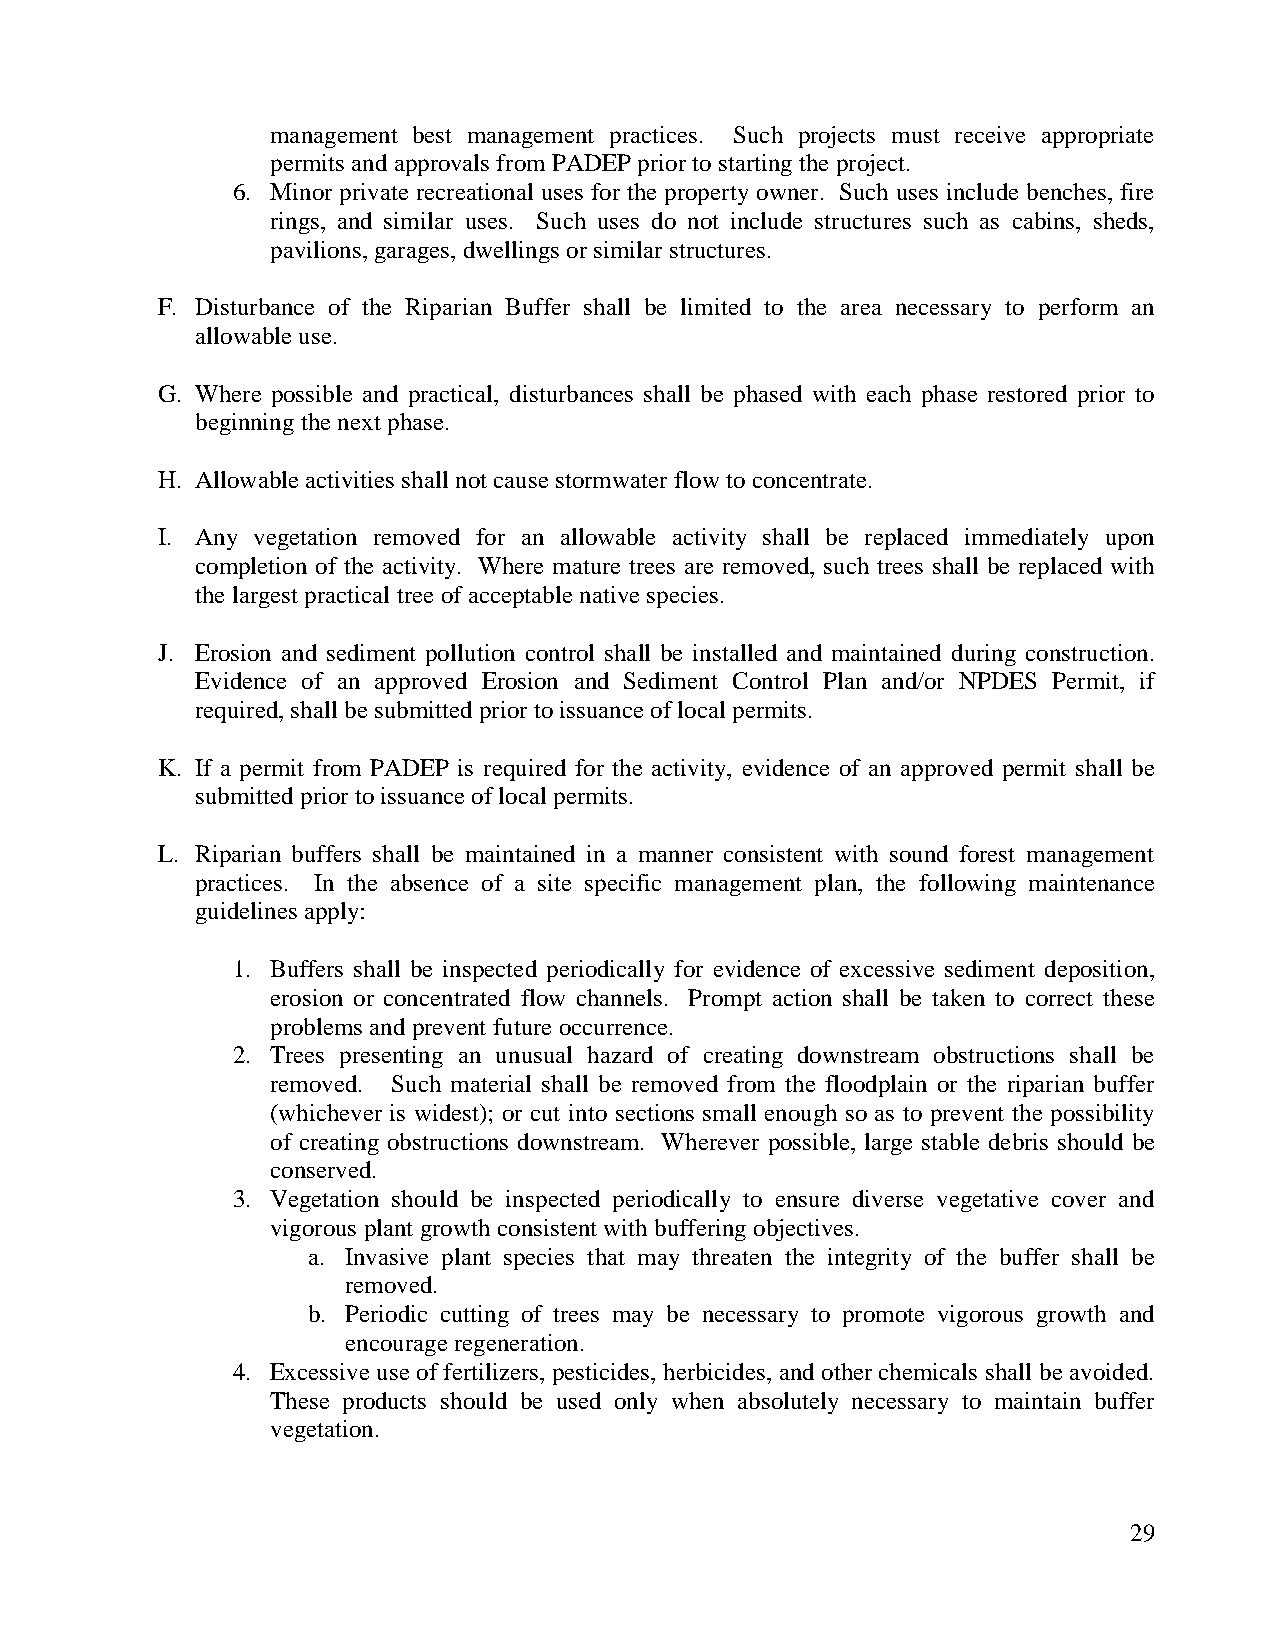
management best management practices. Such projects must receive appropriate
 permits and approvals from PADEP prior to starting the project.
 6. Minor private recreational uses for the property owner. Such uses include benches, fire
 rings, and similar uses. Such uses do not include structures such as cabins, sheds,
 pavilions, garages, dwellings or similar structures.
 F. Disturbance of the Riparian Buffer shall be limited to the area necessary to perform an
 allowable use.
 G. Where possible and practical, disturbances shall be phased with each phase restored prior to
 beginning the next phase.
 H. Allowable activities shall not cause stormwater flow to concentrate.
 I. Any vegetation removed for an allowable activity shall be replaced immediately upon
 completion of the activity. Where mature trees are removed, such trees shall be replaced with
 the largest practical tree of acceptable native species.
 J. Erosion and sediment pollution control shall be installed and maintained during construction.
 Evidence of an approved Erosion and Sediment Control Plan and/or NPDES Permit, if
 required, shall be submitted prior to issuance of local permits.
 K. If a permit from PADEP is required for the activity, evidence of an approved permit shall be
 submitted prior to issuance of local permits.
 L. Riparian buffers shall be maintained in a manner consistent with sound forest management
 practices. In the absence of a site specific management plan, the following maintenance
 guidelines apply:
 1. Buffers shall be inspected periodically for evidence of excessive sediment deposition,
 erosion or concentrated flow channels. Prompt action shall be taken to correct these
 problems and prevent future occurrence.
 2. Trees presenting an unusual hazard of creating downstream obstructions shall be
 removed. Such material shall be removed from the floodplain or the riparian buffer
 (whichever is widest); or cut into sections small enough so as to prevent the possibility
 of creating obstructions downstream. Wherever possible, large stable debris should be
 conserved.
 3. Vegetation should be inspected periodically to ensure diverse vegetative cover and
 vigorous plant growth consistent with buffering objectives.
 a. Invasive plant species that may threaten the integrity of the buffer shall be
 removed.
 b. Periodic cutting of trees may be necessary to promote vigorous growth and
 encourage regeneration.
 4. Excessive use of fertilizers, pesticides, herbicides, and other chemicals shall be avoided.
 These products should be used only when absolutely necessary to maintain buffer
 vegetation.
 29